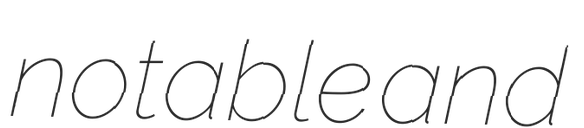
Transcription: notable and